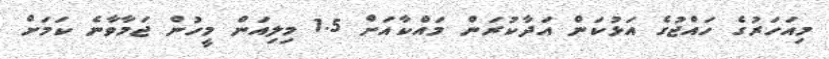
މިއަހަރުގެ ހައްޖުގެ އަޅުކަން އަދާކުރަން މައްކާއަށް 1.5 މިލިއަން މީހުން ޖަމާވާނެ ކަމަށް